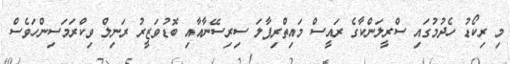
މި ރިކޯޑު ހެދުމުގައި ސްރީލަންކާގެ ރައީސް މައިތްރިޕާލަ ސިރިސޭނާއާއި ބޮޑުވަޒީރު ރަނިލް ވިކްރަމަސިންހަވެސް